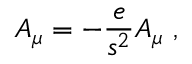
{ { \cal A } } _ { \mu } = - \frac { e } { s ^ { 2 } } A _ { \mu } \, \, ,